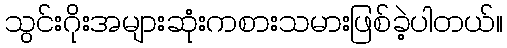
သွင်းဂိုးအများဆုံးကစားသမားဖြစ်ခဲ့ပါတယ်။